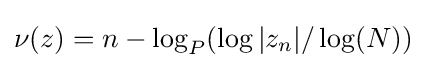
\nu (z)=n-\log _{P}(\log |z_{n}|/\log(N))